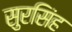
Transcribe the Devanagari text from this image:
सुरसिंह